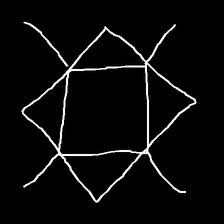
Glyph: light